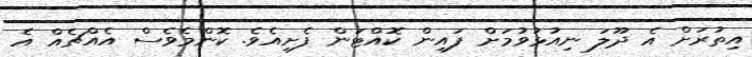
އިތުރަށް އެ ދޫލަ ނިއުޅުވުމަށް ފައިން ކޮއްޓަން ފެށިއެވެ. ކޮންމެވެސް އެއްޗެއް އެ